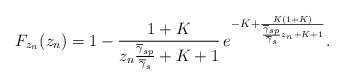
LaTeX: \begin{align*}F_{z_{n}}(z_{n}) = 1 - \frac{1+K}{z_{n}\frac{\overline{\gamma}_{sp}}{\overline{\gamma}_{s}}+K+1} \, e^{-K+\frac{K(1+K)}{\frac{\overline{\gamma}_{sp}}{\overline{\gamma}_{s}}z_{n}+K+1}}.\end{align*}